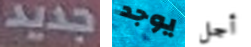
جديد يوجد أجل